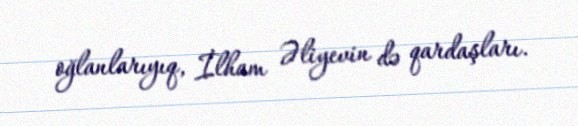
oğlanlarıyıq, İlham Əliyevin də qardaşları.